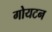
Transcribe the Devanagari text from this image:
गोयटन